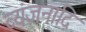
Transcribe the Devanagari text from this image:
व्यंजनादि